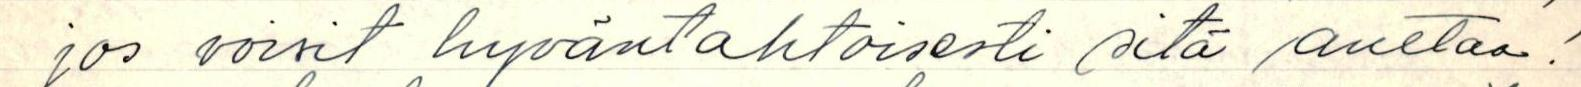
jos voisit hyväntahtoisesti sitä auttaa!